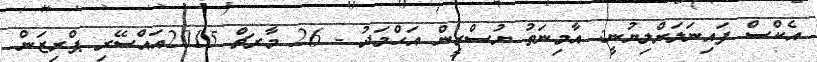
އެކްސް ފައިނަލަށްލިޔުނީ: އާމިނަތު ޔުސްރީން އަޙްމަދު - 26 މާރޗް 2015އައްސޭރި ޕްރިޒަން